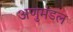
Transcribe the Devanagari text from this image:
अणुमंडल